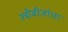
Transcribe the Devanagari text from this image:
स्त्रीबीजांचा